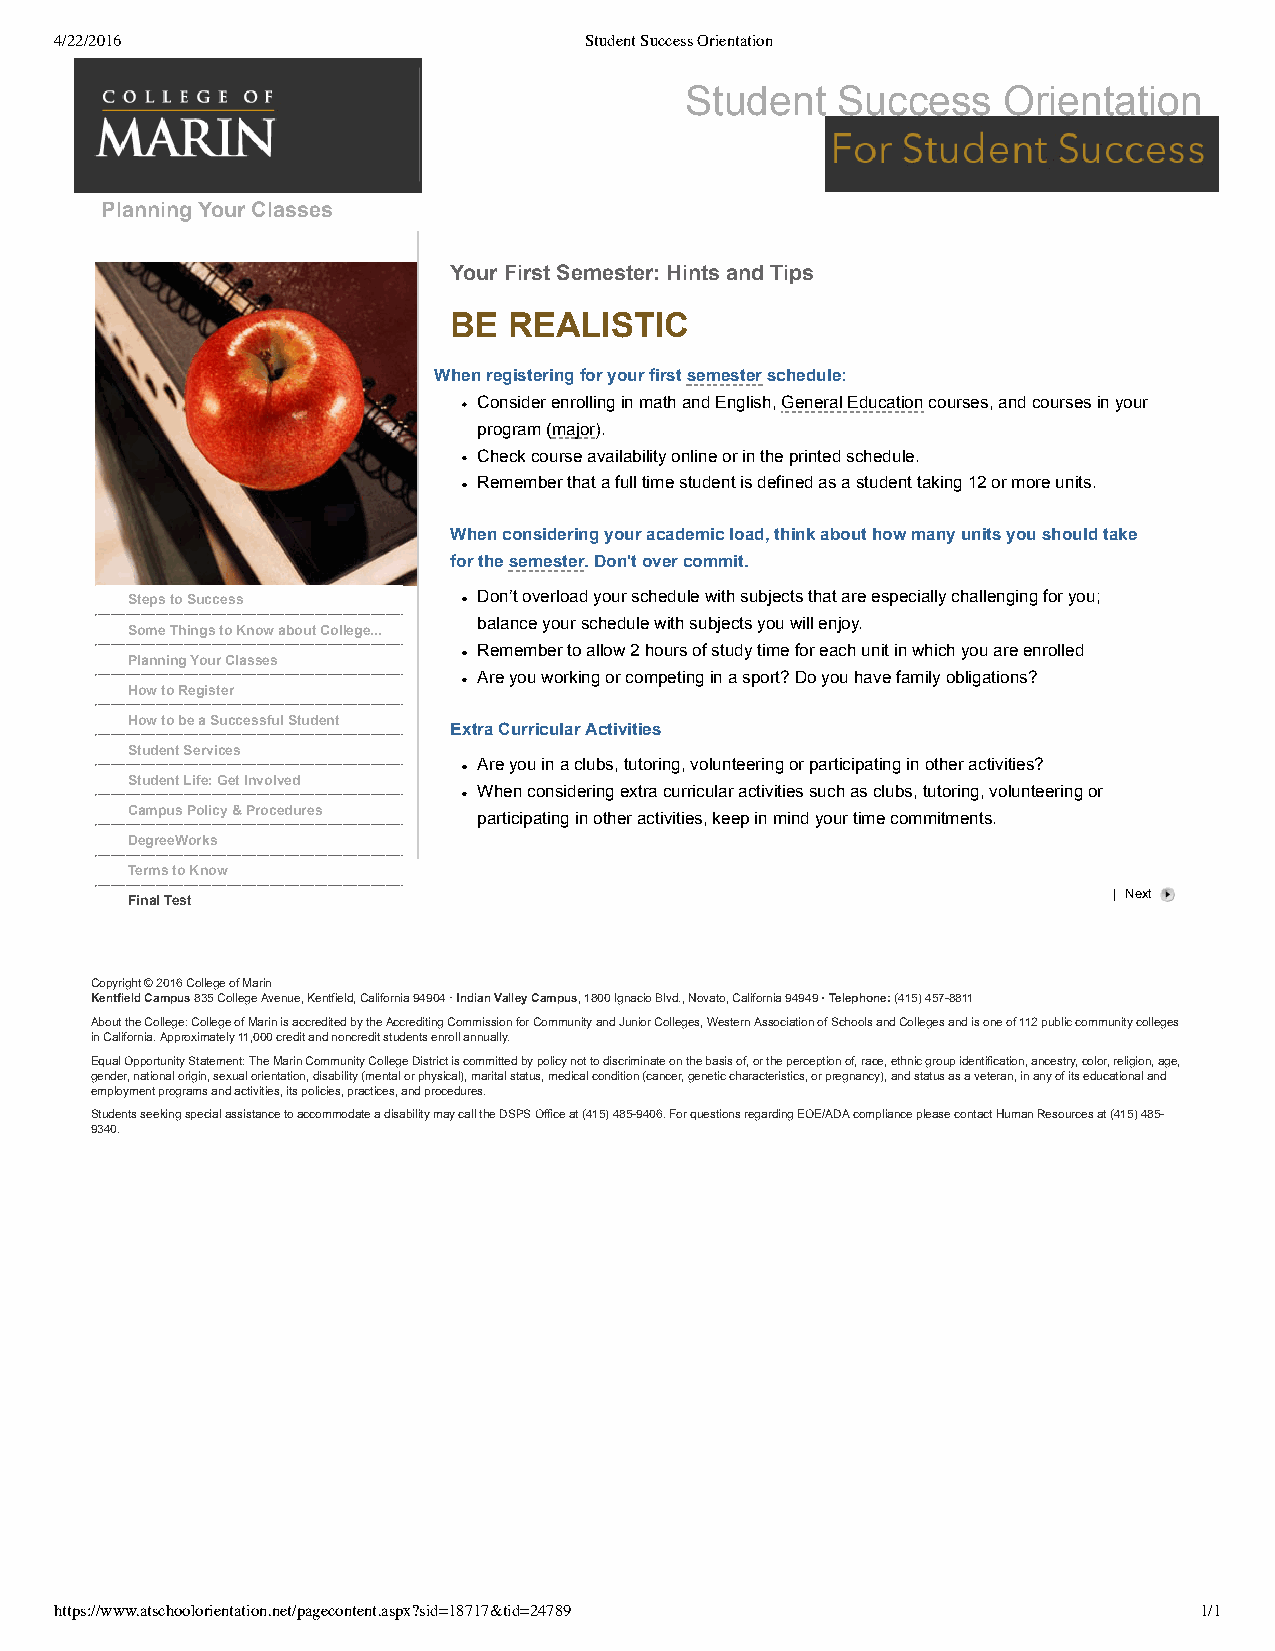
4/22/2016                          Student Success Orientation
 Student   Success    Orientation
 Planning Your Classes
 Your First Semester: Hints and Tips
 BE  REALISTIC
 When registering for your first semester schedule:
 Consider enrolling in math and English, General Education courses, and courses in your
 program (major).
 Check course availability online or in the printed schedule.
 Remember that a full time student is defined as a student taking 12 or more units.
 When considering your academic load, think about how many units you should take
 for the semester. Don't over commit.
 Steps to Success        Don’t overload your schedule with subjects that are especially challenging for you;
 balance your schedule with subjects you will enjoy.
 Some Things to Know about College...
 Remember to allow 2 hours of study time for each unit in which you are enrolled
 Planning Your Classes
 Are you working or competing in a sport? Do you have family obligations?
 How to Register
 How to be a Successful Student
 Extra Curricular Activities
 Student Services
 Are you in a clubs, tutoring, volunteering or participating in other activities?
 Student Life: Get Involved
 When considering extra curricular activities such as clubs, tutoring, volunteering or
 Campus Policy & Procedures participating in other activities, keep in mind your time commitments.
 DegreeWorks
 Terms to Know
 | Next
 Final Test
 Copyright © 2016 College of Marin
 Kentfield Campus 835 College Avenue, Kentfield, California 94904 · Indian Valley Campus, 1800 Ignacio Blvd., Novato, California 94949 · Telephone: (415) 457­8811
 About the College: College of Marin is accredited by the Accrediting Commission for Community and Junior Colleges, Western Association of Schools and Colleges and is one of 112 public community colleges
 in California. Approximately 11,000 credit and noncredit students enroll annually.
 Equal Opportunity Statement: The Marin Community College District is committed by policy not to discriminate on the basis of, or the perception of, race, ethnic group identification, ancestry, color, religion, age,
 gender, national origin, sexual orientation, disability (mental or physical), marital status, medical condition (cancer, genetic characteristics, or pregnancy), and status as a veteran, in any of its educational and
 employment programs and activities, its policies, practices, and procedures.
 Students seeking special assistance to accommodate a disability may call the DSPS Office at (415) 485­9406. For questions regarding EOE/ADA compliance please contact Human Resources at (415) 485­
 9340.
 https://www.atschoolorientation.net/pagecontent.aspx?sid=18717&tid=24789   1/1